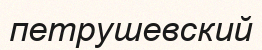
петрушевский